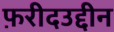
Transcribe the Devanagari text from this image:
फ़रीदउद्दीन